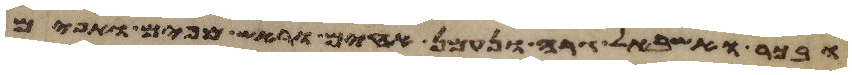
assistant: ובכר ואשבאל גרה ונעמן אחים וראש מאפים ואפים